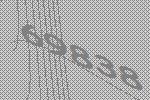
69838